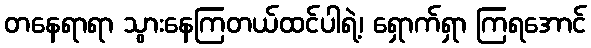
တနေရာရာ သွားနေကြတယ်ထင်ပါရဲ့၊ ရှောက်ရှာ ကြရအောင်